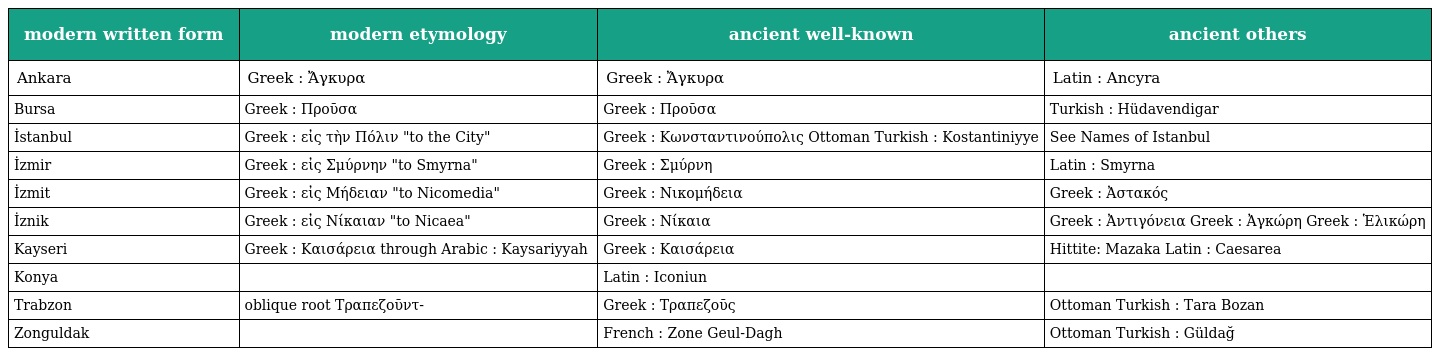
| modern written form | modern etymology | ancient well-known | ancient others |
 | --- | --- | --- | --- |
 | Ankara | Greek : Ἄγκυρα | Greek : Ἄγκυρα | Latin : Ancyra |
 | Bursa | Greek : Προῦσα | Greek : Προῦσα | Turkish : Hüdavendigar |
 | İstanbul | Greek : εἰς τὴν Πόλιν "to the City" | Greek : Κωνσταντινούπολις Ottoman Turkish : Kostantiniyye | See Names of Istanbul |
 | İzmir | Greek : εἰς Σμύρνην "to Smyrna" | Greek : Σμύρνη | Latin : Smyrna |
 | İzmit | Greek : εἰς Μήδειαν "to Nicomedia" | Greek : Νικομήδεια | Greek : Ἀστακός |
 | İznik | Greek : εἰς Νίκαιαν "to Nicaea" | Greek : Νίκαια | Greek : Ἀντιγόνεια Greek : Ἀγκώρη Greek : Ἑλικώρη |
 | Kayseri | Greek : Καισάρεια through Arabic : Kaysariyyah ‎ | Greek : Καισάρεια | Hittite: Mazaka Latin : Caesarea |
 | Konya |  | Latin : Iconiun |  |
 | Trabzon | oblique root Τραπεζοῦντ- | Greek : Τραπεζοῦς | Ottoman Turkish : Tara Bozan |
 | Zonguldak |  | French : Zone Geul-Dagh | Ottoman Turkish : Güldağ |